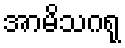
အာမိသဂရု